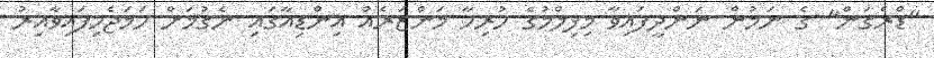
"ޑްރެގަން" ގެ ނަމުން ނަންދީފައިވާ މިފިލްމުގެ ހުރިހާ މަންޒަރެއް އިންޑިއާގައި ނެގުމަށް ހަމަޖެހިފައިވާއިރު